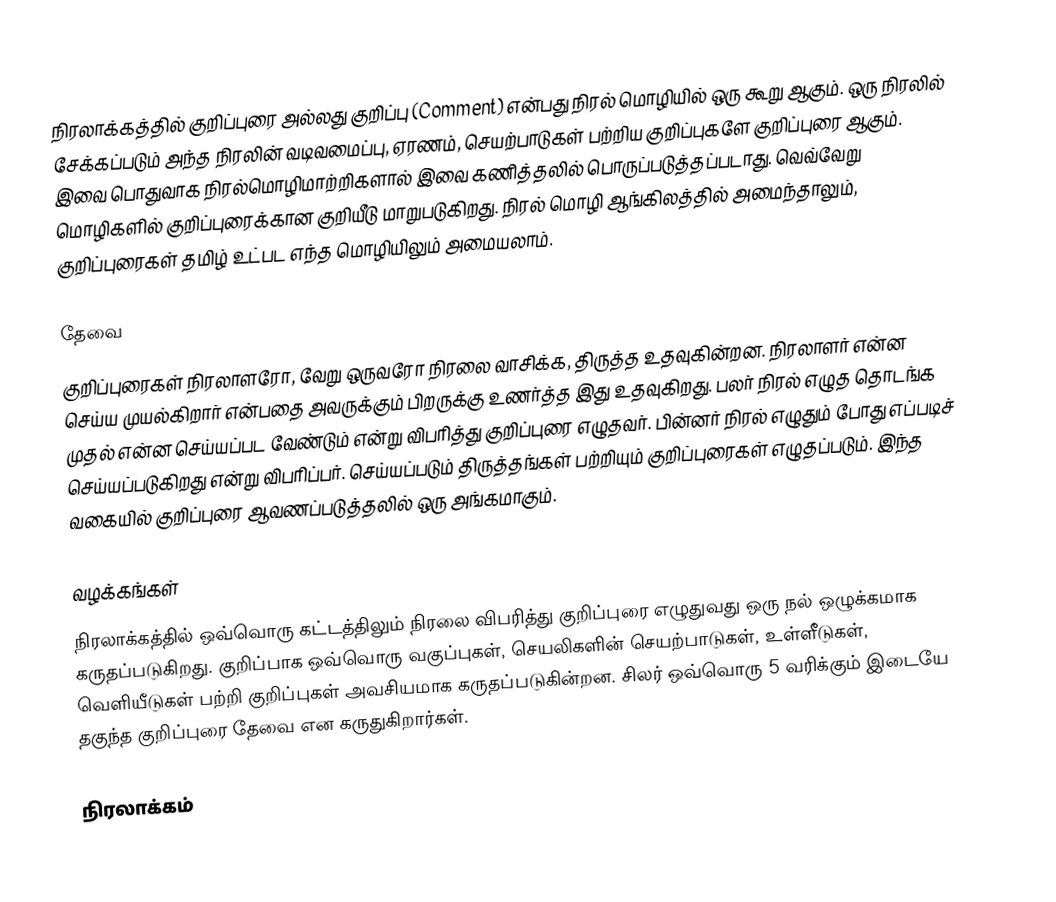
நிரலாக்கத்தில் குறிப்புரை அல்லது குறிப்பு (Comment) என்பது நிரல் மொழியில் ஒரு கூறு ஆகும்.  ஒரு நிரலில் சேக்கப்படும் அந்த நிரலின் வடிவமைப்பு, ஏரணம், செயற்பாடுகள் பற்றிய குறிப்புகளே குறிப்புரை ஆகும்.  இவை பொதுவாக நிரல்மொழிமாற்றிகளால் இவை கணித்தலில் பொருப்படுத்தப்படாது.  வெவ்வேறு மொழிகளில் குறிப்புரைக்கான குறியீடு மாறுபடுகிறது.  நிரல் மொழி ஆங்கிலத்தில் அமைந்தாலும், குறிப்புரைகள் தமிழ் உட்பட எந்த மொழியிலும் அமையலாம்.

தேவை
குறிப்புரைகள் நிரலாளரோ, வேறு ஒருவரோ நிரலை வாசிக்க, திருத்த உதவுகின்றன.  நிரலாளர் என்ன செய்ய முயல்கிறார் என்பதை அவருக்கும் பிறருக்கு உணர்த்த இது உதவுகிறது.  பலர் நிரல் எழுத தொடங்க முதல் என்ன செய்யப்பட வேண்டும் என்று விபரித்து குறிப்புரை எழுதவர்.  பின்னர் நிரல் எழுதும் போது எப்படிச் செய்யப்படுகிறது என்று விபரிப்பர்.  செய்யப்படும் திருத்தங்கள் பற்றியும் குறிப்புரைகள் எழுதப்படும்.  இந்த வகையில் குறிப்புரை ஆவணப்படுத்தலில் ஒரு அங்கமாகும்.

வழக்கங்கள்
நிரலாக்கத்தில் ஒவ்வொரு கட்டத்திலும் நிரலை விபரித்து குறிப்புரை எழுதுவது ஒரு நல் ஒழுக்கமாக கருதப்படுகிறது.  குறிப்பாக ஒவ்வொரு வகுப்புகள், செயலிகளின் செயற்பாடுகள், உள்ளீடுகள், வெளியீடுகள் பற்றி குறிப்புகள் அவசியமாக கருதப்படுகின்றன.  சிலர் ஒவ்வொரு 5 வரிக்கும் இடையே தகுந்த குறிப்புரை தேவை என கருதுகிறார்கள்.

நிரலாக்கம்